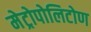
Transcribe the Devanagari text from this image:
मेट्रोपोलिटोण